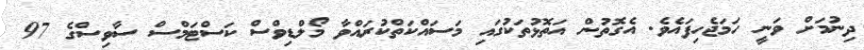
ދިނުމަށް ވަނީ ހަމަޖެހިފައެވެ. އެގޮތުން އަތޮޅުތަކުގައި މަސައްކަތްކުރައްވާ މޯލްޑިވްސް ކަސްޓަމްސް ސާވިސްގެ 97